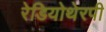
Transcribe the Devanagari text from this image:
रेडियोथेरपी